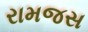
રામજસ